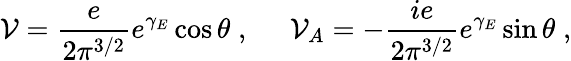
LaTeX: {\cal V}=\frac{e}{2\pi^{3/2}}e^{\gamma_{E}}\cos\theta\; ,\; \; \; \; \; {\cal V}_{A}=-\frac{ie}{2\pi^{3/2}}e^{\gamma_{E}}\sin\theta\; ,